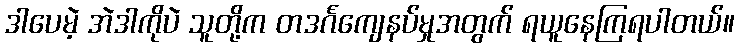
ဒါပေမဲ့ အဲဒါကိုပဲ သူတို့က တဒင်္ဂကျေနပ်မှုအတွက် ရယူနေကြရပါတယ်။